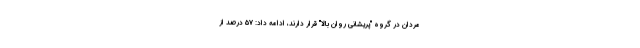
مردان در گروه "پریشانی روان بالا" قرار دارند، ادامه داد: ۵۷ درصد از